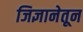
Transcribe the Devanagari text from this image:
जिज्ञानेतून